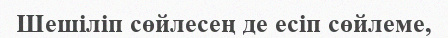
Шешіліп сөйлесең де есіп сөйлеме,